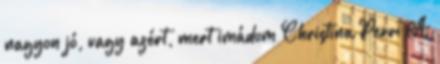
nagyon jó, vagy azért, mert imádom Christina Perri A